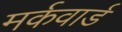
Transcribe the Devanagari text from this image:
मर्कवार्ड